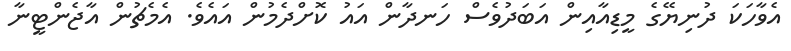
އެވާހަކަ ދުނިޔޭގެ މީޑިއާއިން އަބަދުވެސް ހަނދާން އައު ކޮށްދެމުން އައެވެ. އެމެޗުން އާޖެންޓީނާ